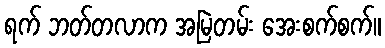
ရက် ဘတ်တလာက အမြဲတမ်း အေးစက်စက်။